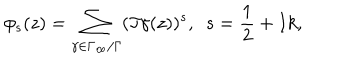
\phi _ { s } ( z ) = \sum _ { \gamma \in \Gamma _ { \infty } / \Gamma } ( \Im \gamma ( z ) ) ^ { s } , ~ ~ s = \frac { 1 } { 2 } + I k ,